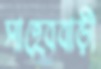
সাহেববাড়ী